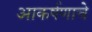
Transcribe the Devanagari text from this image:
आकर्षणाचे